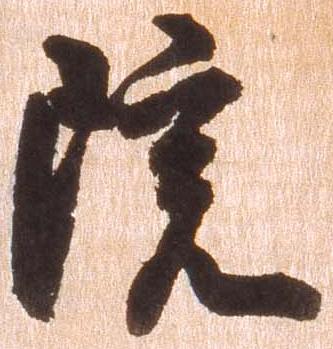
院